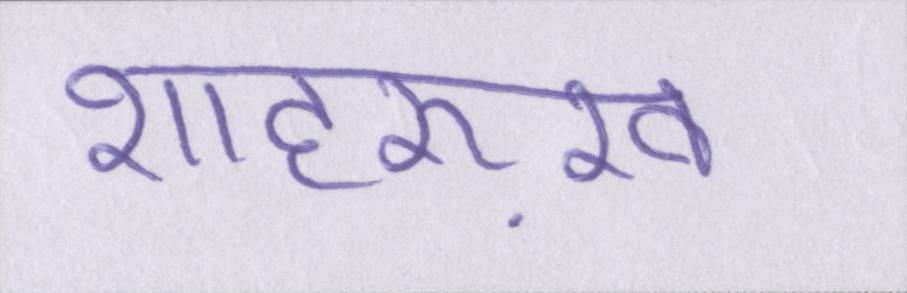
शाहरुख़